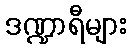
ဒဏ္ဍာရီများ